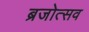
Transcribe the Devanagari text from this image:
ब्रजोत्सव